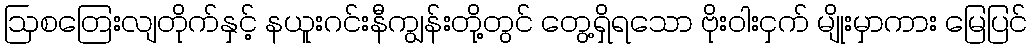
ဩစတြေးလျတိုက်နှင့် နယူးဂင်းနီကျွန်းတို့တွင် တွေ့ရှိရသော ဗိုးဝါးငှက် မျိုးမှာကား မြေပြင်